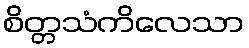
စိတ္တသံကိလေသာ